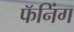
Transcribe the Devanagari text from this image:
फॅनिंग